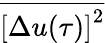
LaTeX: \overline{{{[\Delta u(\tau)]}^{2}}}